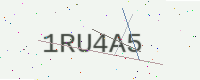
Text: 1RU4A5